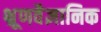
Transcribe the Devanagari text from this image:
भ्रूणवैज्ञानिक